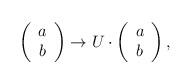
LaTeX: \begin{align*}\left(\begin{array}{c} {a}\\ {b} \end{array}\right)\to U\cdot \left(\begin{array}{c} a\\ b \end{array}\right),\end{align*}